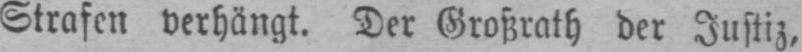
Strafen verhängt. Der Großrath der Justiz,